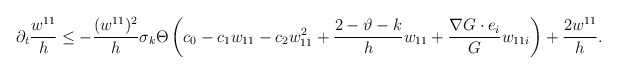
\begin{align*}\partial_{t}\frac{w^{11}}{h}\leq -\frac{(w^{11})^{2}}{h}\sigma_{k}\Theta\left(c_{0} -c_{1} w_{11}-c_{2}w^{2}_{11}+\frac{2-\vartheta-k}{h} w_{11}+\frac{\nabla G\cdot e_{i}}{G}w_{11i}\right)+\frac{2w^{11}}{h}.\end{align*}